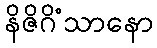
နိဇိဂိံသာနော